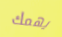
يهمك